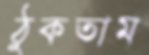
ঠুকতাম